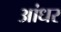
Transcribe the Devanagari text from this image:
आंधर